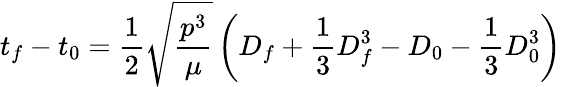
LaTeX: t_{f}-t_{0}={\frac{1}{2}}{\sqrt{\frac{p^{3}}{\mu}}}\left(D_{f}+{\frac{1}{3}}D_{f}^{3}-D_{0}-{\frac{1}{3}}D_{0}^{3}\right)